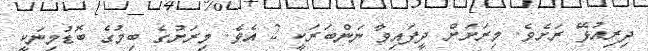
ދިރިއުޅޭ ރަށެވެ. މިރަށަށް ދީފައިވާ ނަންބަރަކީ 2 އެވެ. މިރަށުގެ ބިމުގެ ބޮޑުމިނަކީ